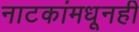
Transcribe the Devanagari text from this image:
नाटकांमधूनही